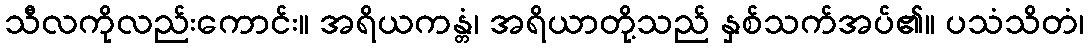
သီလကိုလည်းကောင်း။ အရိယကန္တံ၊ အရိယာတို့သည် နှစ်သက်အပ်၏။ ပသံသိတံ၊